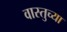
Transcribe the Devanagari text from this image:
वास्तुच्या